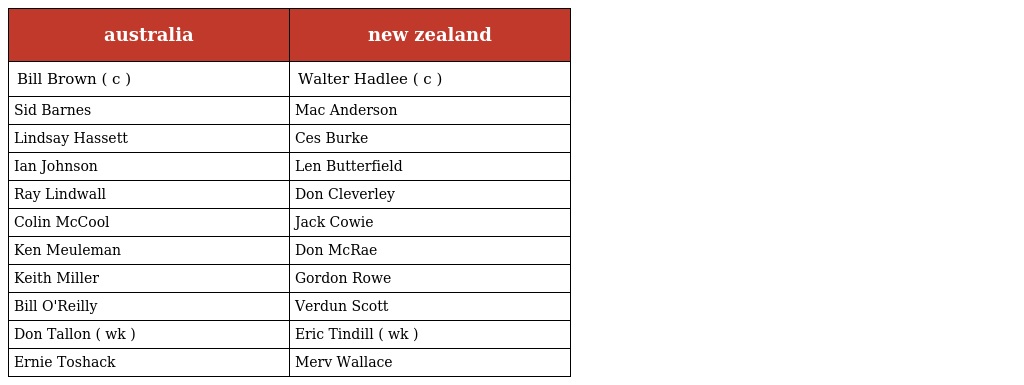
| australia | new zealand |
 | --- | --- |
 | Bill Brown ( c ) | Walter Hadlee ( c ) |
 | Sid Barnes | Mac Anderson |
 | Lindsay Hassett | Ces Burke |
 | Ian Johnson | Len Butterfield |
 | Ray Lindwall | Don Cleverley |
 | Colin McCool | Jack Cowie |
 | Ken Meuleman | Don McRae |
 | Keith Miller | Gordon Rowe |
 | Bill O'Reilly | Verdun Scott |
 | Don Tallon ( wk ) | Eric Tindill ( wk ) |
 | Ernie Toshack | Merv Wallace |